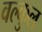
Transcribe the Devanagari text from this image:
वल्कुल